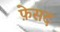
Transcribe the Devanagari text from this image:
फ़ेसद